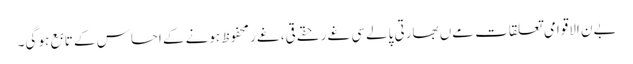
بےن الاقوامی تعلقات مےں بھارتی پالےسی غےر حقےقی، غےر محفوظ ہونے کے احساس کے تابع ہو گی۔